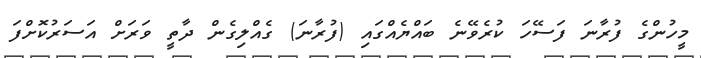
މީހުންގެ ފުރާނަ ފަސޭހަ ކުރެވޭނެ ބައްޔެއްގައި (ފުރާނަ) ގެއްލިގެން ދާތީ ވަރަށް އަސަރުކޮށްފަ